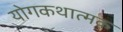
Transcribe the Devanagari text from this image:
योगकथात्मक